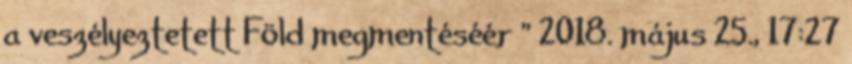
a veszélyeztetett Föld megmentéséér ” 2018. május 25., 17:27